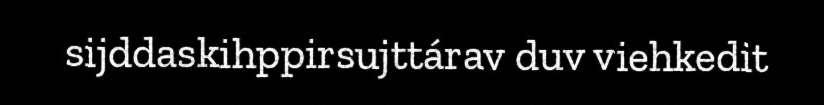
sijddaskihppirsujttárav duv viehkedit